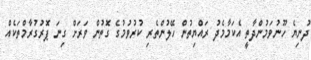
ދުނިޔެ ހޫނުވަމުންދާތީ އެކަމާމެދު ރައްޔިތުން ހޭލުންތެރި ކުރުވުމުގެ ގޮތުން ވަރަށް ގިނަ ޕޮރުގުރާމްތަކެއް